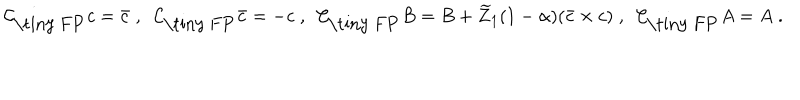
\mathcal { C } _ { \mathrm { \tiny ~ F P } } c = \bar { c } \; , \; \; \mathcal { C } _ { \mathrm { \tiny ~ F P } } \bar { c } = - c \; , \; \; \mathcal { C } _ { \mathrm { \tiny ~ F P } } B = B + \widetilde Z _ { 1 } ( 1 - \alpha ) ( \bar { c } \times c ) \; , \; \; \mathcal { C } _ { \mathrm { \tiny ~ F P } } A = A \; .